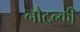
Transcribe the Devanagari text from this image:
नौटन्की